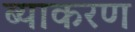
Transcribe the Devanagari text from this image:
ब्याकरण